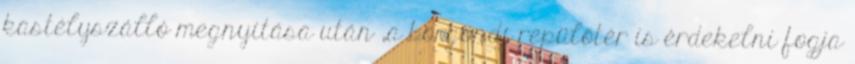
kastélyszálló megnyitása után „a börgöndi repülőtér is érdekelni fogja